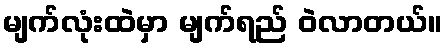
မျက်လုံးထဲမှာ မျက်ရည် ဝဲလာတယ်။